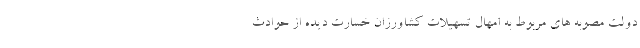
دولت مصوبه های مربوط به امهال تسهیلات کشاورزان خسارت دیده از حوادث